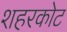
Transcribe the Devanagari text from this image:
शहरकोट